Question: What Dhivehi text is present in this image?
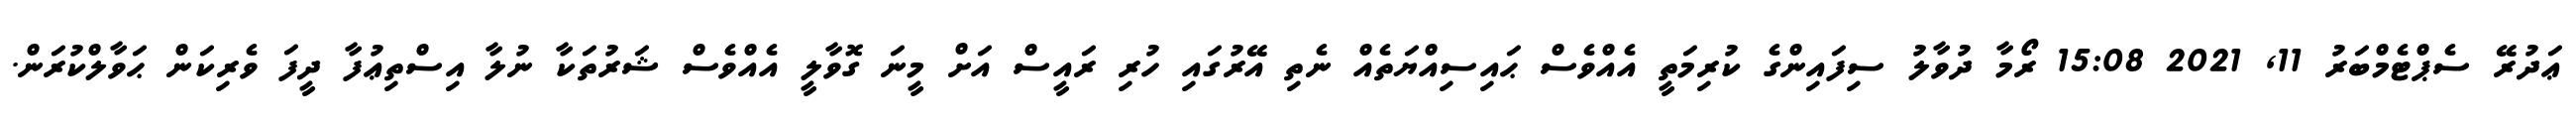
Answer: ޢަދުރޭ ސެޕްޓެމްބަރު 11, 2021 15:08 ރޯމާ ދުވާލު ސިފައިންގެ ކުރިމަތީ އެއްވެސް ޙައިސިއްޔަތެއް ނެތި އޭރުގައި ހުރި ރައީސް އަށް މީނަ ގޮވާލީ އެއްވެސް ޝަރުތަކާ ނުލާ އިސްތިޢުފާ ދީފަ ވެރިކަން ޙަވާލްކުރަން.